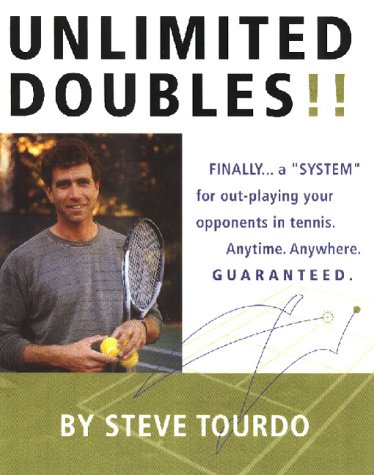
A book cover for Unlimited Doubles!!; Steve C. Tourdo; Sports & Outdoors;